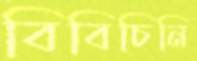
বিবিচিনি